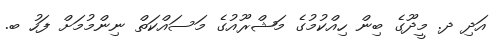
އަދި ދ. މީދޫގެ ބިން ހިއްކުމުގެ މަޝްރޫއުގެ މަސައްކަތް ނިންމުމަށް ފަހު ބ.